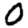
Digit: 0